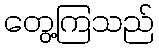
တွေ့ကြသည်